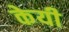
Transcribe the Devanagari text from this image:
केयी